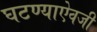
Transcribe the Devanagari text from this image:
घटण्याऐवजी